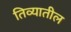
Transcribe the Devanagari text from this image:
तिव्यातील